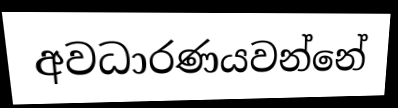
අවධාරණයවන්නේ